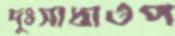
দুঃসাধ্যওপ